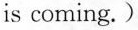
is coming.)